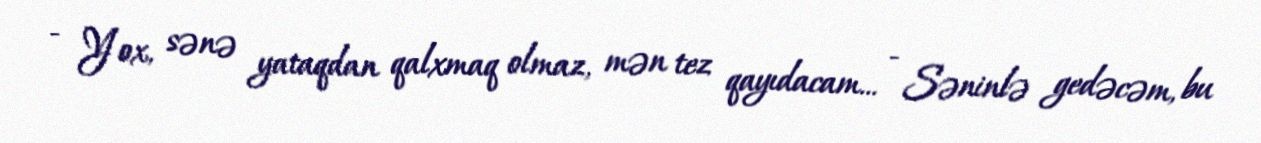
- Yox, sənə yataqdan qalxmaq olmaz, mən tez qayıdacam... - Səninlə gedəcəm, bu